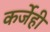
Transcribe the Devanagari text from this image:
कर्जेही